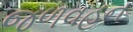
જળવહન